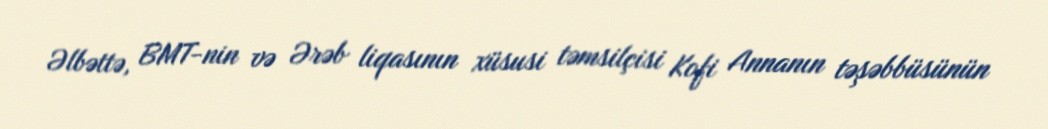
Əlbəttə, BMT-nin və Ərəb liqasının xüsusi təmsilçisi Kofi Annanın təşəbbüsünün